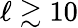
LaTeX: \ell\gtrsim 10